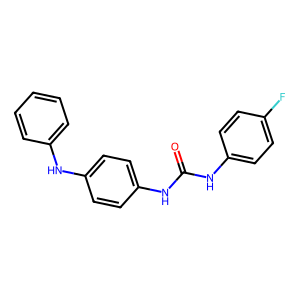
SMILES: O=C(Nc1ccc(F)cc1)Nc1ccc(Nc2ccccc2)cc1
Inhibits HIV replication: No